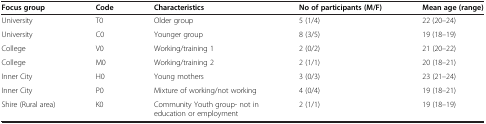
| Focus group | Code | Characteristics | No of participants (M/F) | Mean age (range) |
 | --- | --- | --- | --- | --- |
 | University | T0 | Older group | 5 (1/4) | 22 (20–24) |
 | University | C0 | Younger group | 8 (3/5) | 19 (18–19) |
 | College | V0 | Working/training 1 | 2 (0/2) | 21 (20–22) |
 | College | M0 | Working/training 2 | 2 (1/1) | 20 (18–21) |
 | Inner City | H0 | Young mothers | 3 (0/3) | 23 (21–24) |
 | Inner City | P0 | Mixture of working/not working | 4 (0/4) | 19 (18–21) |
 | Shire (Rural area) | K0 | Community Youth group- not in education or employment | 2 (1/1) | 19 (18–19) |